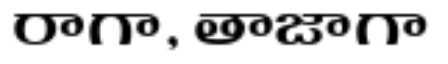
రాగా, తాజాగా